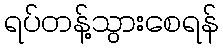
ရပ်တန့်သွားစေရန်